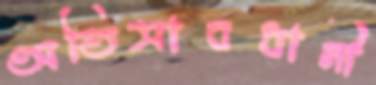
অতিসাবধানী